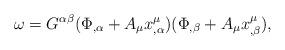
LaTeX: \begin{align*}\omega=G^{\alpha\beta}(\Phi_{,\alpha}+A_\mu x^\mu_{,\alpha})(\Phi_{,\beta}+A_\mu x^\mu_{,\beta}),\end{align*}